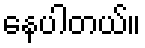
နေပါတယ်။